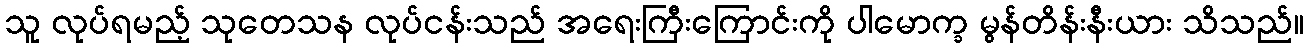
သူ လုပ်ရမည့် သုတေသန လုပ်ငန်းသည် အရေးကြီးကြောင်းကို ပါမောက္ခ မွန်တိန်းနီးယား သိသည်။